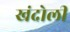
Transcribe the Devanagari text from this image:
खंदोली